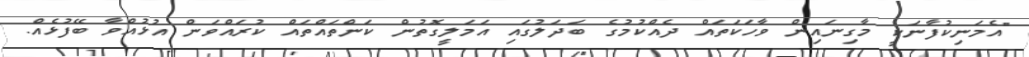
"އެމަނިކުފާނަކީ މާގިނައިން ވާހަކަތައް ދެއްކުމުގެ ބަދަލުގައި އަމަލީގޮތުން ކަންތައްތައް ކުރައްވަން އުޅުއްވާ ބޭފުޅެއް.